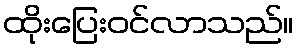
ထိုးပြေးဝင်လာသည်။